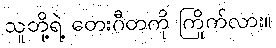
သူတို့ရဲ့ တေးဂီတကို ကြိုက်လား။